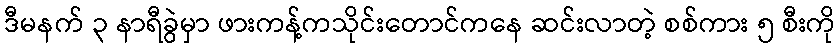
ဒီမနက် ၃ နာရီခွဲမှာ ဖားကန့်ကသိုင်းတောင်ကနေ ဆင်းလာတဲ့ စစ်ကား ၅ စီးကို